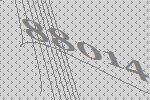
88014